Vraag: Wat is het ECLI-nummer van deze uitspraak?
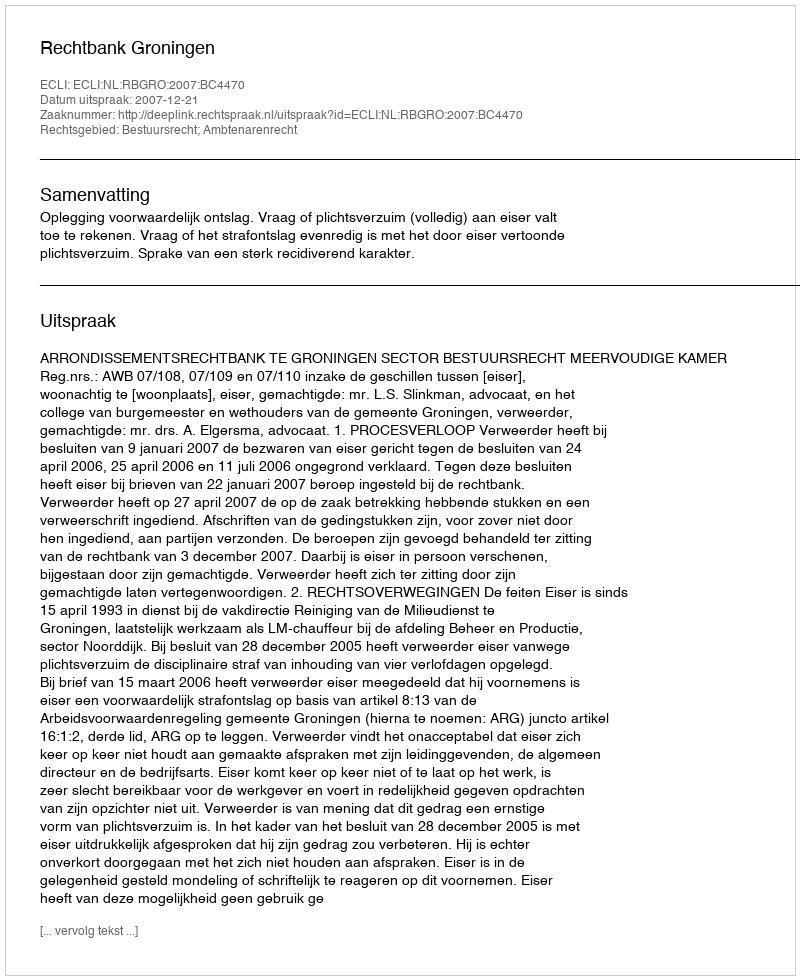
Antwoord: ECLI:NL:RBGRO:2007:BC4470